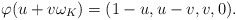
\begin{align*}\varphi(u + v\omega_K) = (1-u, u-v, v, 0).\end{align*}